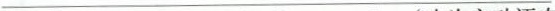
__